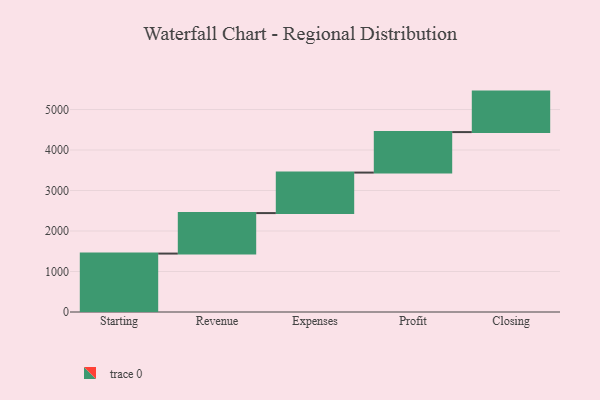
{"axis": {"x": "Step", "y": "Value"}, "legend": [""], "data": [{"x": "Starting", "y": 1443.0, "type": ""}, {"x": "Revenue", "y": 1000, "type": ""}, {"x": "Expenses", "y": 1000, "type": ""}, {"x": "Profit", "y": 1000, "type": ""}, {"x": "Closing", "y": 1000, "type": ""}]}